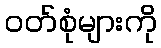
ဝတ်စုံများကို